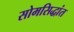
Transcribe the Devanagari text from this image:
सोमसिद्धांत